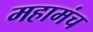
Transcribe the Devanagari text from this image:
महामंच